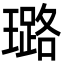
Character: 璐